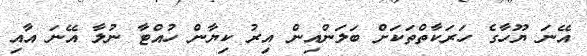
އޭނަ ޔޫހާގެ ހަރަކާތްތަކަށް ބަލަންއިން އިރު ކިޔާން ހުއްޓާ ނުލާ އޭނަ އާއި